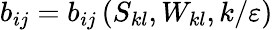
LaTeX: b_{ij}=b_{ij}\left(S_{kl},W_{kl},k/\varepsilon\right)